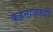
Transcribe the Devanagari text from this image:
कहनाजरुरी